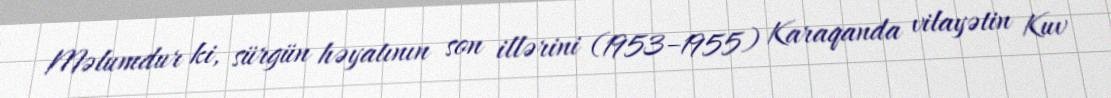
Məlumdur ki, sürgün həyatının son illərini (1953–1955) Karaqanda vilayətin Kuv